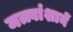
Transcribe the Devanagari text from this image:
मत्त्वांशानें